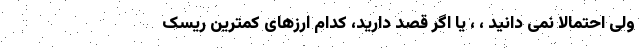
ولی احتمالاً نمی دانید ، ، یا اگر قصد دارید، کدام ارزهای کمترین ریسک